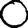
Digit: 0